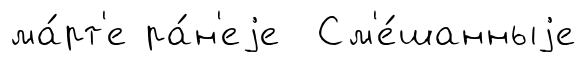
ма́рт'е ра́н'еjе См'е́шанныjе